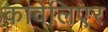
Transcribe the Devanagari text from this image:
कावेलिएर